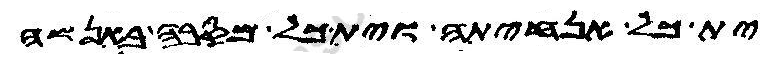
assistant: ית כל אנחיתה וית כל מסבה באנשה